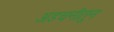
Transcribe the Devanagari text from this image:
अडचनीतून